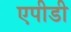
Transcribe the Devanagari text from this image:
एपीडी